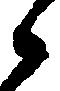
候